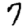
Digit: 7